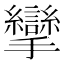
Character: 攣